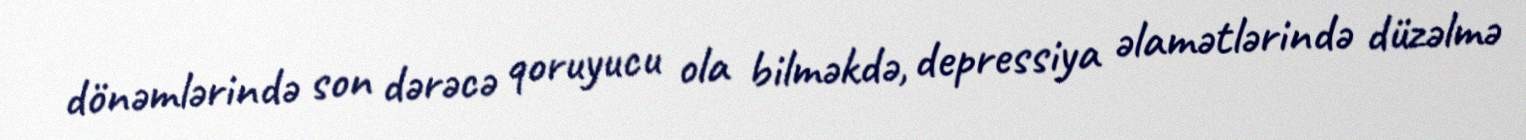
dönəmlərində son dərəcə qoruyucu ola bilməkdə, depressiya əlamətlərində düzəlmə